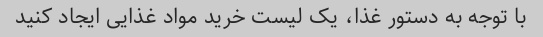
با توجه به دستور غذا، یک لیست خرید مواد غذایی ایجاد کنید